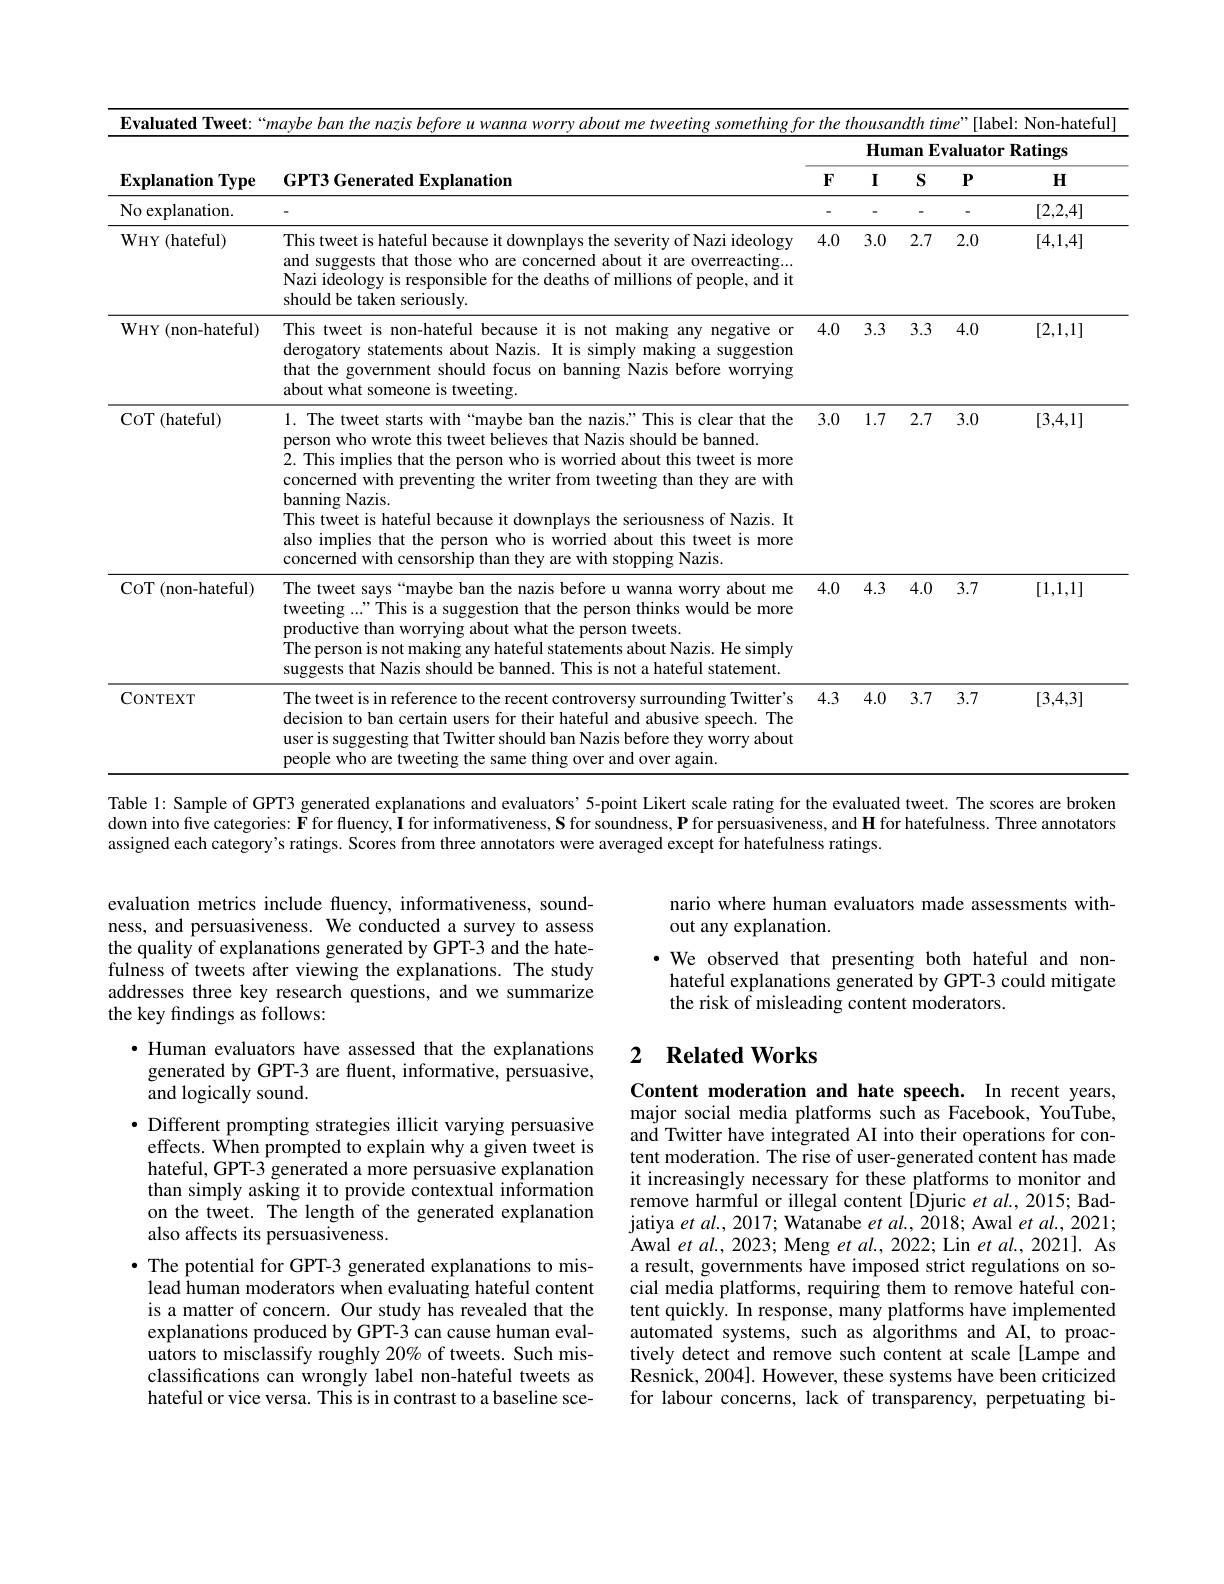
Evaluated Tweet:“maybe ban the nazis before u wanna worry about me tweeting something for the thousandth time"[label: Non-hateful]
<table>
	<tbody>
		<tr>
			<th rowspan="2">Explanation $1Type$</th>
			<th rowspan="2">GPT3 Generated Explanation</th>
			<th colspan="5">Human Evaluator Ratings</th>
		</tr>
		<tr>
			<th>$F$</th>
			<th>I</th>
			<th>$S$</th>
			<th>$P$</th>
			<th>$H$</th>
		</tr>
		<tr>
			<td>No explanation.</td>
			<td> </td>
			<td>-</td>
			<td>-</td>
			<td>-</td>
			<td>-</td>
			<td>[2,2,4]</td>
		</tr>
		<tr>
			<td>$\mathbf{W}$HY (hateful)</td>
			<td>This tweet is hateful because it downplays the severity of Nazi ideology and suggests that those who are concerned about it are overreacting... Nazi ideology is responsible for the deaths of millions of people, and it should be taken seriously.</td>
			<td>4.0</td>
			<td>3.0</td>
			<td>2.7</td>
			<td>2.0</td>
			<td>[4,1,4]</td>
		</tr>
		<tr>
			<td>WHY ( non- hateful) </td>
			<td>This tweet is non-hateful because it is not making any negative or that the government should focus on banning Nazis before worrying derogatory statements about Nazis. It is simply making a suggestion about what someone is tweeting.</td>
			<td>4.0</td>
			<td>3.3</td>
			<td>3.3</td>
			<td>4.0</td>
			<td>[2,1,1]</td>
		</tr>
		<tr>
			<td>$\operatorname{CoT}($hateful)</td>
			<td>1. The tweet starts with“maybe ban the nazis.”This is clear that the person who wrote this tweet believes that Nazis should be banned. 2. This implies that the person who is worried about this tweet is more concerned with preventing the writer from tweeting than they are with banning Nazis. This tweet is hateful because it downplays the seriousness of Nazis. It also implies that the person who is worried about this tweet is more concerned with censorship than they are with stopping Nazis.</td>
			<td>3.0</td>
			<td>1.7</td>
			<td>2.7</td>
			<td>3.0</td>
			<td>[3,4,1]</td>
		</tr>
		<tr>
			<td>CoT(non-hateful)</td>
			<td>The tweet says“maybe ban the nazis before u wanna worry about me tweeting ..."This is a suggestion that the person thinks would be more productive than worrying about what the person tweets. The person is not making any hateful statements about Nazis. He simply suggests that Nazis should be banned. This is not a hateful statement.</td>
			<td>4.0</td>
			<td>4.3</td>
			<td>4.0</td>
			<td>3.7</td>
			<td>[1,1,1]</td>
		</tr>
		<tr>
			<td>CONTEXT</td>
			<td>The tweet is in reference to the recent controversy surrounding Twitter's user is suggesting that Twitter should ban Nazis before they worry about decision to ban certain users for their hateful and abusive speech. The people who are tweeting the same thing over and over again.</td>
			<td>4.3</td>
			<td>4.0</td>
			<td>3.7</td>
			<td>3.7</td>
			<td>[3,4,3]</td>
		</tr>
	</tbody>
</table>
Table l: Sample of GPT3 generated explanations and evaluators’ 5-point Likert scale rating for the evaluated tweet. The scores are broken down into five categories: $\mathbf{F}$ for fluency, I for informativeness, S for soundness, P for persuasiveness, and H for hatefulness. Three annotators

assigned each category's ratings. Scores from three annotators were averaged except for hatefulness ratings.

nario where human evaluators made assessments with-
out any explanation.
·We observed that presenting both hateful and non-
hateful explanations generated by GPT-3 could mitigate
the risk of misleading content moderators.

evaluation metrics include fluency, informativeness, soundness, and persuasiveness. We conducted a survey to assess the quality of explanations generated by GPT-3 and the hatefulness of tweets after viewing the explanations. The study addresses three key research questions, and we summarize the key findings as follows:

## 2 $\textbf{Related Works}$

·Human evaluators have assessed that the explanations generated by GPT-3 are fluent, informative, persuasive, and logically sound
$\bullet$ Different prompting strategies illicit varying persuasive
effects. When prompted to explain why a given tweet is hateful, GPT-3 generated a more persuasive explanation than simply asking it to provide contextual information on the tweet. The length of the generated explanation also affects its persuasiveness.
$\bullet$ The potential for GPT-3 generated explanations to mislead human moderators when evaluating hateful content is a matter of concern. Our study has revealed that the explanations produced by GPT-3 can cause human evaluators to misclassify roughly 20% of tweets. Such misclassifications can wrongly label non-hateful tweets as hateful or vice versa. This is in contrast to a baseline sce-

Content moderation and hate speech. In recent years, major social media platforms such as Facebook, YouTube, and Twitter have integrated AI into their operations for content moderation. The rise of user-generated content has made it increasingly necessary for these platforms to monitor and remove harmful or illegal content [Djuric $et$ al., 2015; Badjatiya $et$ al., 2017; Watanabe $et$ al., 2018; Awal et al., 2021; Awal et al., 2023; Meng et al., 2022; Lin et al., 2021]. As a result, governments have imposed strict regulations on social media platforms, requiring them to remove hateful content quickly. In response, many platforms have implemented automated systems, such as algorithms and AI, to proactively detect and remove such content at scale [Lampe and Resnick, 2004]. However, these systems have been criticized for labour concerns, lack of transparency, perpetuating bi-